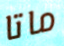
ماتا